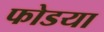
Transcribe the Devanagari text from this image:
फोडया